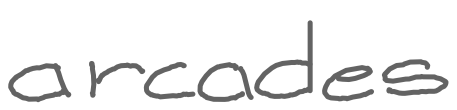
Text: arcades
Cross-out: clean
Writing tool: digital_gray